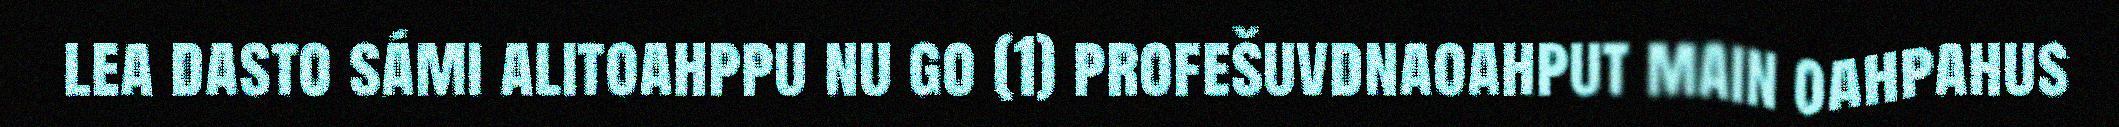
lea dasto sámi alitoahppu nu go (1) profešuvdnaoahput main oahpahus